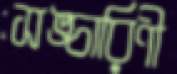
সঙ্চারিণী